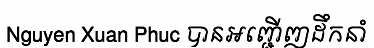
Nguyen Xuan Phuc បានអញ្ជើញដឹកនាំ